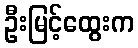
ဦးမြင့်ထွေးက